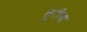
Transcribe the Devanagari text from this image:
सूरीचा